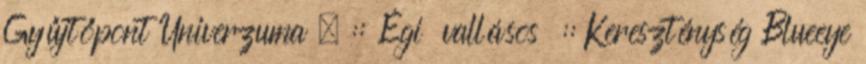
Gyűjtőpont Univerzuma . :: Égi vallásos :: Kereszténység Blueeye